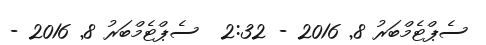
ސެޕްޓެމްބަރު 8